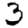
Digit: 3